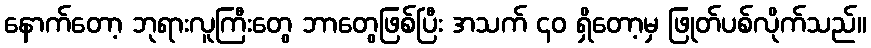
နောက်တော့ ဘုရားလူကြီးတွေ ဘာတွေဖြစ်ပြီး အသက် ၄၀ ရှိတော့မှ ဖြုတ်ပစ်လိုက်သည်။